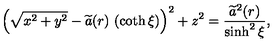
\left( \sqrt { x ^ { 2 } + y ^ { 2 } } - \widetilde { a } ( r ) \ ( \coth \xi ) \right) ^ { 2 } + z ^ { 2 } = \frac { \widetilde { a } ^ { 2 } ( r ) } { \sinh ^ { 2 } \xi } ,